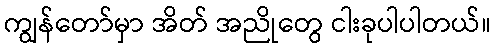
ကျွန်တော်မှာ အိတ် အညိုတွေ ငါးခုပါပါတယ်။